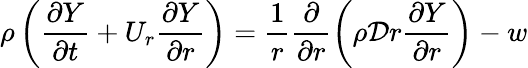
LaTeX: \rho\left(\frac{\partial Y}{\partial t}+U_{r}\frac{\partial Y}{\partial r}\right)=\frac{1}{r}\frac{\partial}{\partial r}\left(\rho\mathcal{D}r\frac{\partial Y}{\partial r}\right)-w